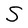
Character: S